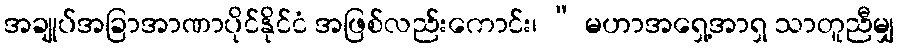
အချုပ်အခြာအာဏာပိုင်နိုင်ငံ အဖြစ်လည်းကောင်း၊ “ မဟာအရှေ့အာရှ သာတူညီမျှ